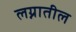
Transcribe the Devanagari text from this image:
लग्नातील